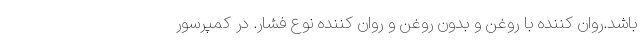
باشد.روان کننده با روغن و بدون روغن و روان کننده نوع فشار. در کمپرسور